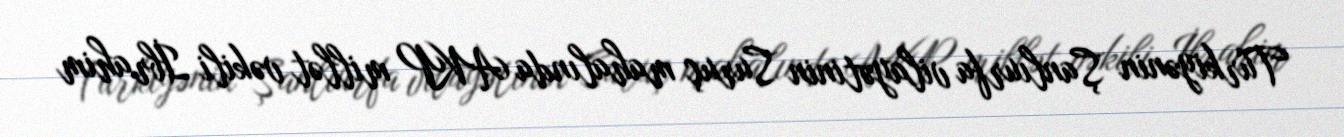
Türkiyənin Şanlıurfa vilayətinin Suruç mahalında AKP millət vəkili İbrahim